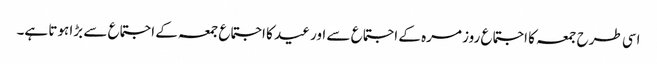
اسی طرح جمعہ کا اجتماع روز مرہ کے اجتماع سے اور عید کا اجتماع جمعہ کے اجتماع سے بڑا ہوتا ہے۔